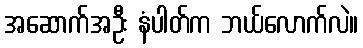
အဆောက်အဦး နံပါတ်က ဘယ်လောက်လဲ။